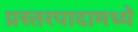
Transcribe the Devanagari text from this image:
प्रस्तरपादामध्ये